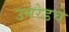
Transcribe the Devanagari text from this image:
उमरेडचे